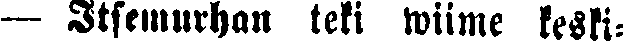
— Itsemurhan teki wiime keski-